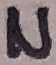
Text: N